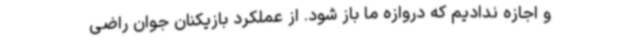
و اجازه ندادیم که دروازه ما باز شود. از عملکرد بازیکنان جوان راضی